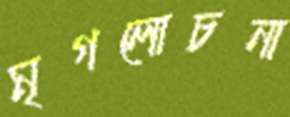
মৃগলোচনা